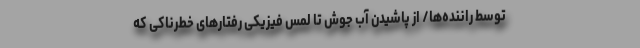
توسط راننده‌ها/ از پاشیدن آب جوش تا لمس فیزیکی رفتارهای خطرناکی که